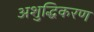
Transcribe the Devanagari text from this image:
अशुद्धिकरण